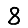
Digit: 8